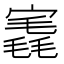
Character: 𡪣